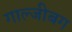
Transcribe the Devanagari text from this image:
गाल्जीबग